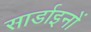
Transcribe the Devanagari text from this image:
सार्डाइनों